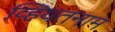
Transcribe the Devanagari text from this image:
व्हियतनाम